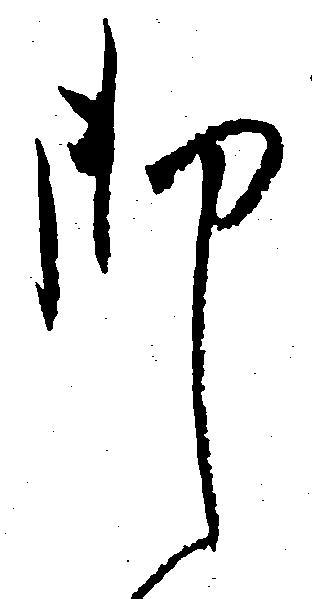
御